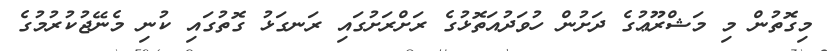
މިގޮތުން މި މަޝްރޫޢުގެ ދަށުން ހުވަދުއަތޮޅުގެ ރަށްރަށުގައި ރަނގަޅު ގޮތުގައި ކުނި މެނޭޖުކުރުމުގެ